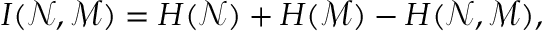
I ( \mathcal { N } , \mathcal { M } ) = H ( \mathcal { N } ) + H ( \mathcal { M } ) - H ( \mathcal { N } , \mathcal { M } ) ,